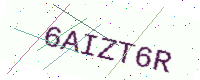
Text: 6AIZT6R